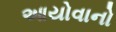
આયોવાનો